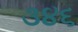
૩૪૬